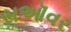
સઑવર